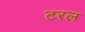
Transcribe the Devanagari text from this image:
टरल